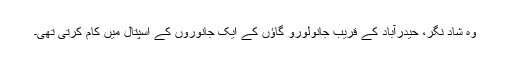
وہ شاد نگر، حیدرآباد کے قریب جانولورو گاؤں کے ایک جانوروں کے اسپتال میں کام کرتی تھی۔